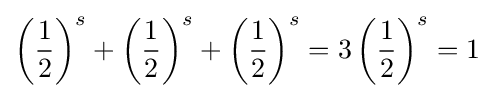
\left({\frac {1}{2}}\right)^{s}+\left({\frac {1}{2}}\right)^{s}+\left({\frac {1}{2}}\right)^{s}=3\left({\frac {1}{2}}\right)^{s}=1